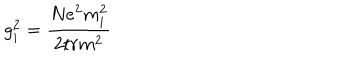
g _ { i } ^ { 2 } = \frac { N e ^ { 2 } m _ { i } ^ { 2 } } { 2 t r m ^ { 2 } }